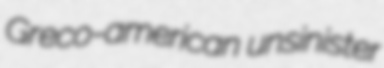
Greco-american unsinister